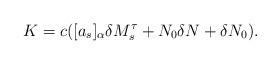
LaTeX: \begin{align*}K = c( [a_s]_{\alpha} \delta M_s^{\tau} + N_0 \delta N + \delta N_0).\end{align*}